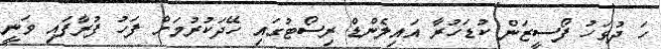
ހަ ދުވަހު ފޯސީޒަން ކުޑަހުރާ އައިލެންޑް ރިސޯޓުގައި ހޭދަކުރުމަށް ފަހު ފުރާފައި ވަނީ